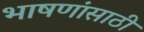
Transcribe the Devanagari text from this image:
भाषणांसाठी